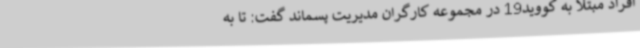
افراد مبتلا به کووید19 در مجموعه کارگران مدیریت پسماند گفت:‌ تا به